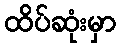
ထိပ်ဆုံးမှာ